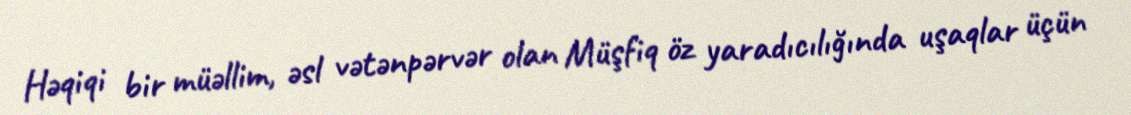
Həqiqi bir müəllim, əsl vətənpərvər olan Müşfiq öz yaradıcılığında uşaqlar üçün